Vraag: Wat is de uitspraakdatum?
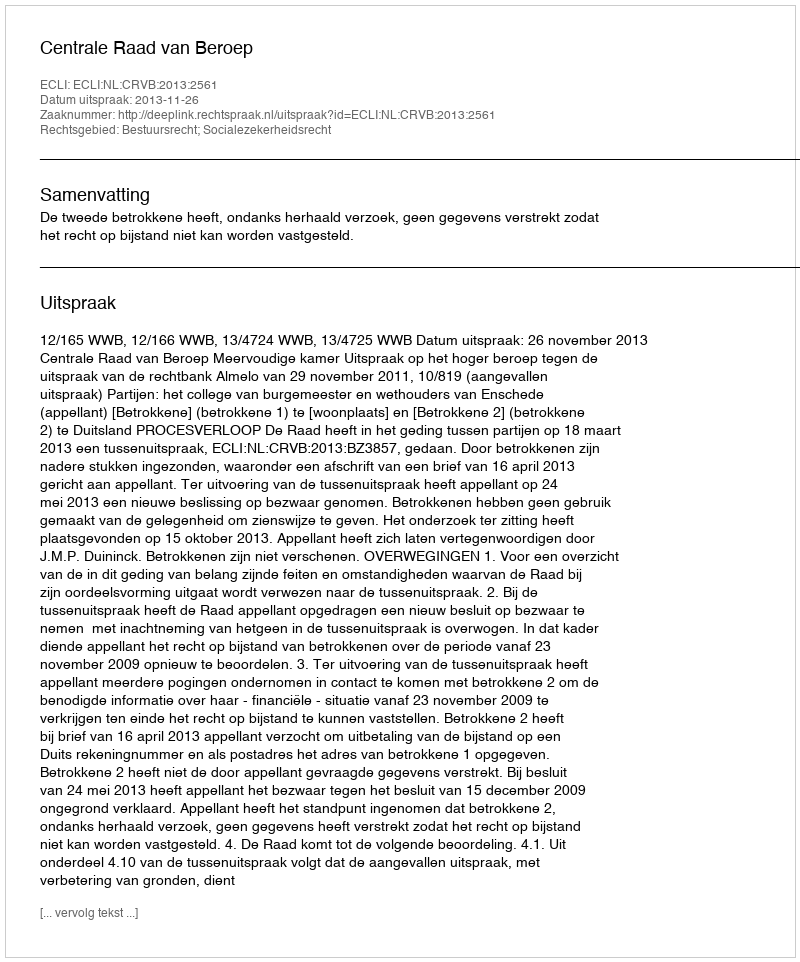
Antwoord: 2013-11-26